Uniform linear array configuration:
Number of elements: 64
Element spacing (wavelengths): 1
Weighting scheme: binomial
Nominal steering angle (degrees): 60
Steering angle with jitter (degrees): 59.829
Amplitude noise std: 0.05
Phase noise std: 0.05

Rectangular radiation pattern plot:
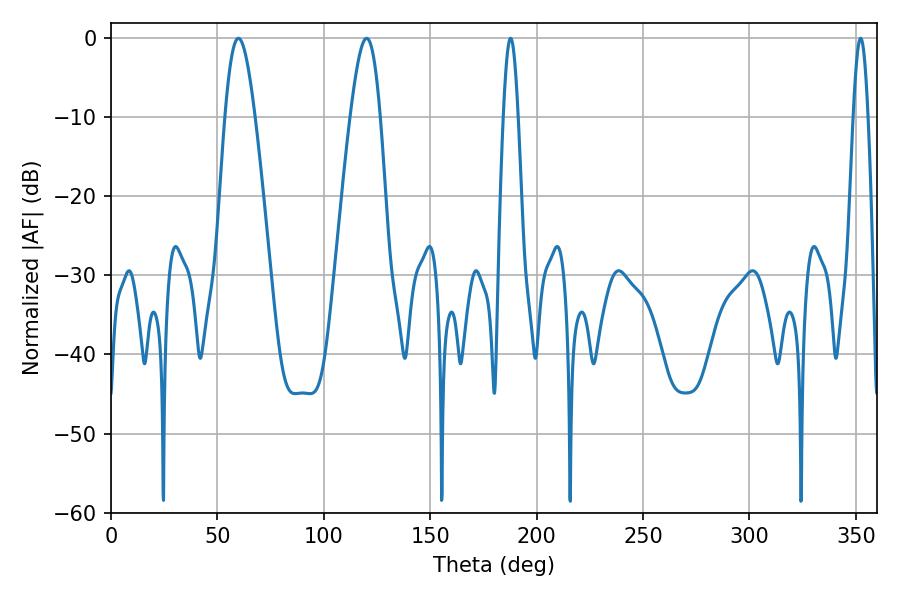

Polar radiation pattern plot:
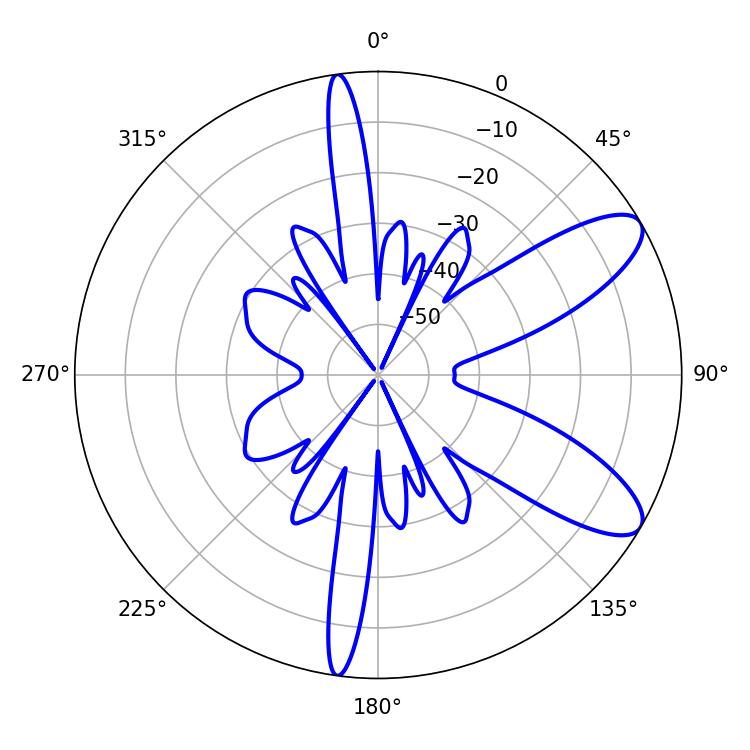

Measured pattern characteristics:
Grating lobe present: TRUE
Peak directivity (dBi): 9.383
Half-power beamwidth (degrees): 3.6
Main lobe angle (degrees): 187.74